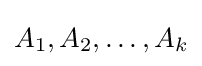
A_{1},A_{2},\ldots ,A_{k}